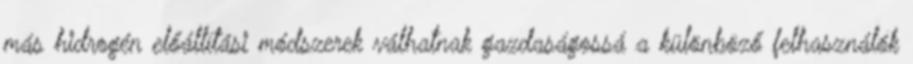
más hidrogén előállítási módszerek válhatnak gazdaságossá a különböző felhasználók